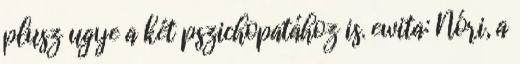
plusz ugye a két pszichopatához is. ewita: Nóri, a